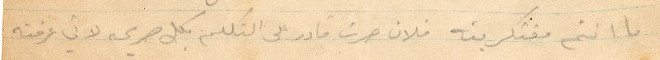
ما انتم مفترك فيه فلان صرت قادر على التكلم بكل صريحه لاني عرفته